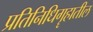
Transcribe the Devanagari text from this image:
प्रतिनिधिगॄहातील